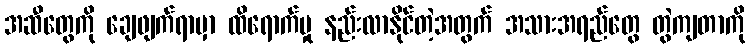
အဆီတွေကို ချေဖျက်ရာမှာ ထိရောက်မှု နည်းလာနိုင်တဲ့အတွက် အသားအရည်တွေ တွဲကျတာကို